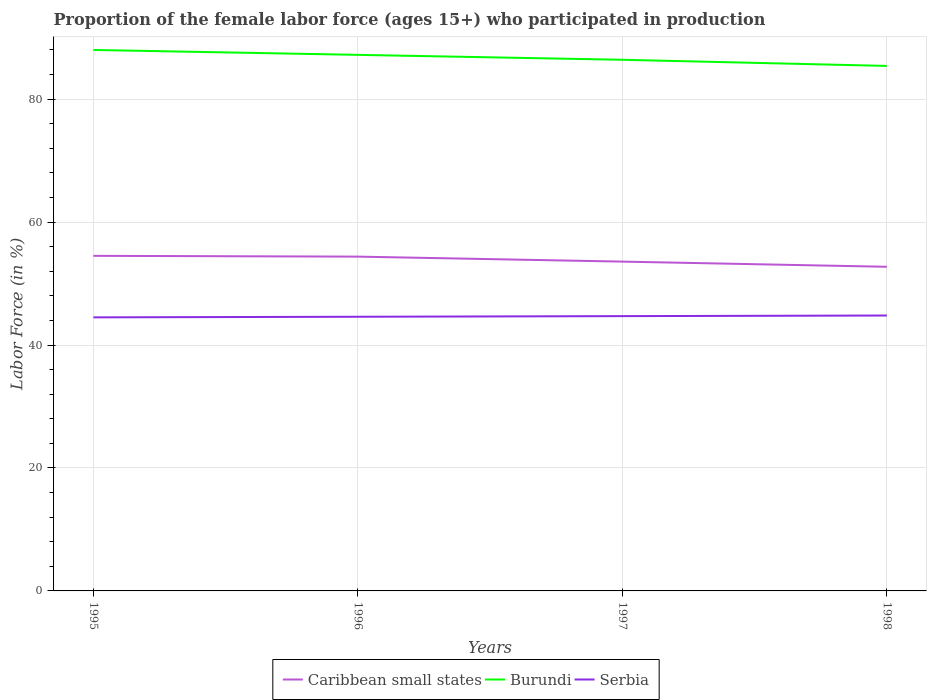
| Years | Caribbean small states | Burundi | Serbia |
 | --- | --- | --- | --- |
 | 1995 | 54.5 | 88 | 44.5 |
 | 1996 | 54.4 | 87.2 | 44.6 |
 | 1997 | 53.6 | 86.4 | 44.7 |
 | 1998 | 52.7 | 85.4 | 44.8 |